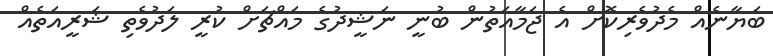
ބަޔާނެއް މެދުވެރިކޮށް އެ ޖަމާއަތުން ބުނީ ނަޝީދުގެ މައްޗަށް ކުރީ ލަދުވެތި ޝަރީއަތެއް